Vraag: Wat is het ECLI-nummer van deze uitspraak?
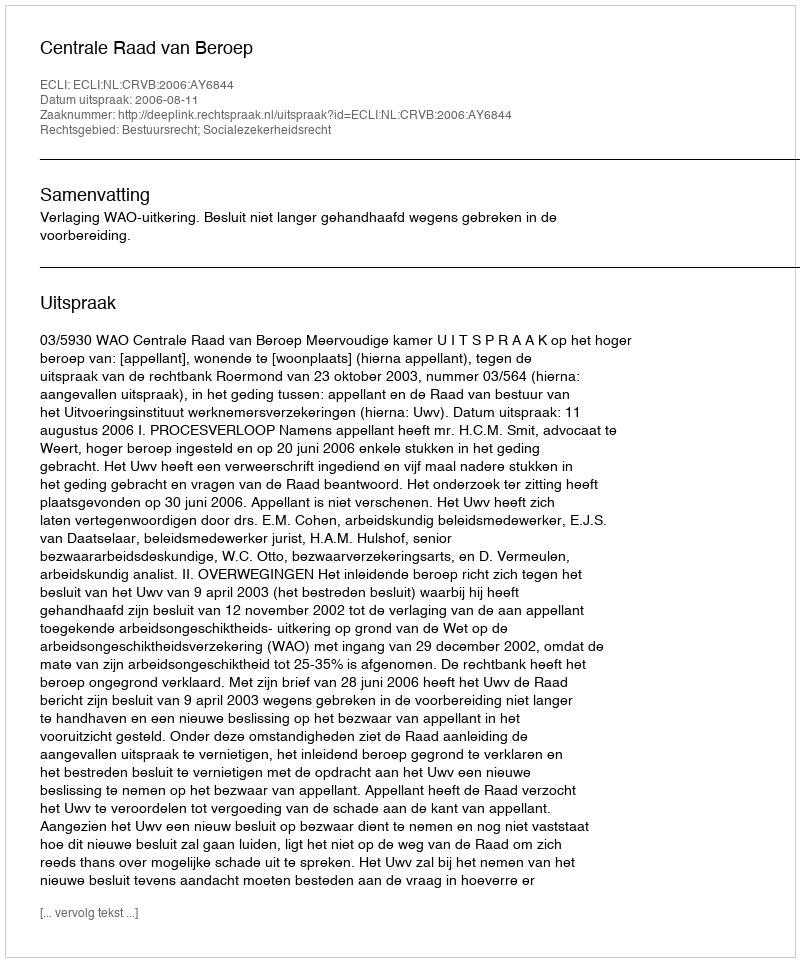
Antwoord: ECLI:NL:CRVB:2006:AY6844